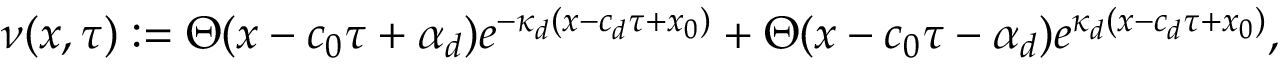
\nu ( x , \tau ) : = \Theta ( x - c _ { 0 } \tau + \alpha _ { d } ) e ^ { - \kappa _ { d } ( x - c _ { d } \tau + x _ { 0 } ) } + \Theta ( x - c _ { 0 } \tau - \alpha _ { d } ) e ^ { \kappa _ { d } ( x - c _ { d } \tau + x _ { 0 } ) } ,